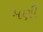
મણી